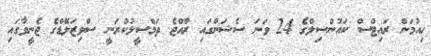
ހިއުމަން ރައިޓްސް ކައުންސިލްގެ 24 ވަނަ ސެޝަންގައި ރާއްޖެ ތަމްސީލުކުރަނީ ސްވިޒަލޭޑްގެ ޖެނީވާގައި